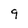
Character: 9